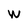
Character: W